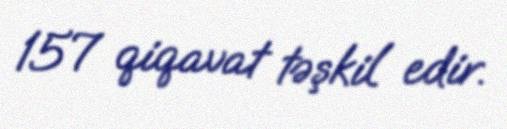
157 qiqavat təşkil edir.